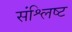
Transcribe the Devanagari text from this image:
संश्लिष्‍ट